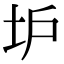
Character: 𡉴